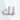
لك